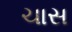
ચાસ